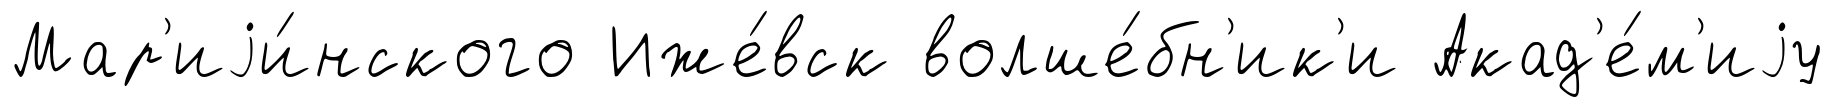
Мар'иjи́нского Иже́вск волше́бн'ик'и Акад'е́м'иjу